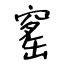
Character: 窰